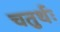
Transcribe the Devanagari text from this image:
चतुर्थः